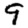
Digit: 9